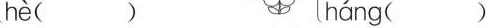
hè( ) háng( )